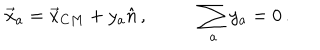
\begin{array} { c c } { { \vec { x } _ { a } = \vec { x } _ { C M } + y _ { a } \hat { n } \, , ~ } } & { { \displaystyle { \sum _ { a } } \, y _ { a } = 0 \, . } } \\ \end{array}